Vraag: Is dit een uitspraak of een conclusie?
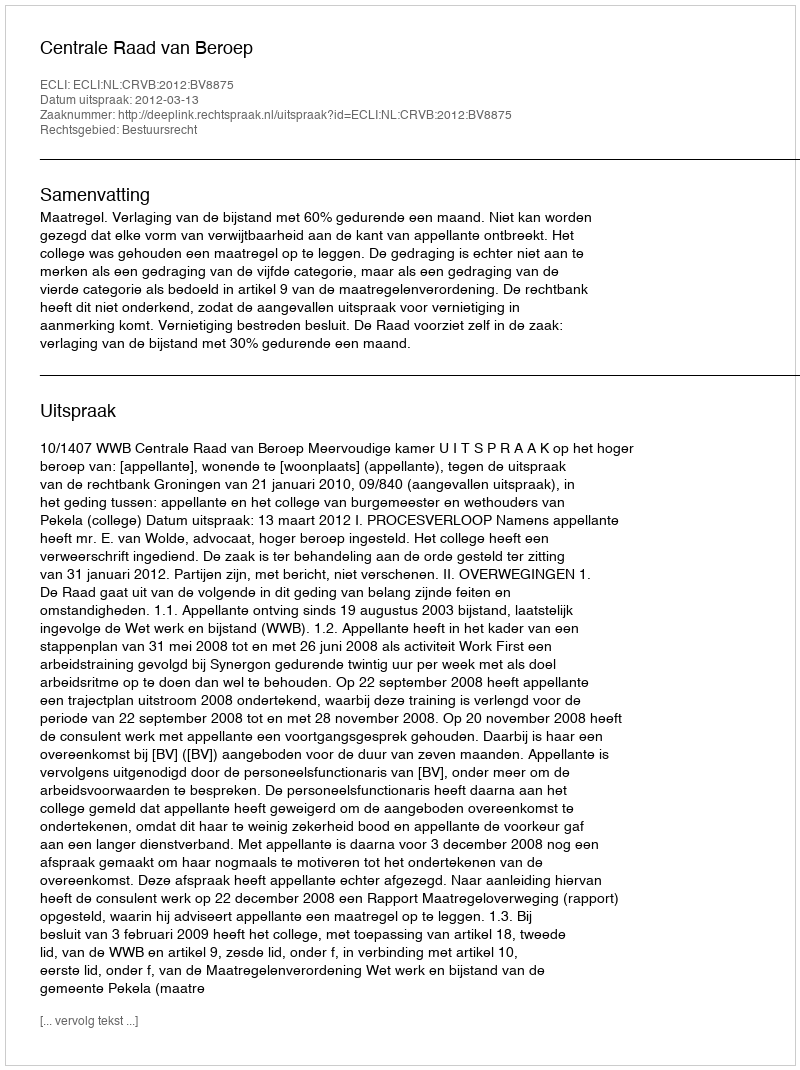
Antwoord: Uitspraak